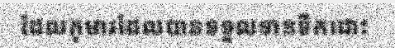
ដែលកុមារដែលបានទទួលទានទឹកដោះ